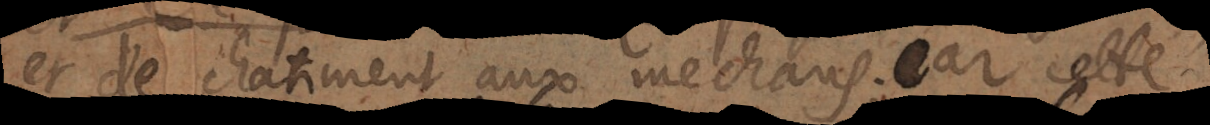
et de chatiment aux mechans; car cette